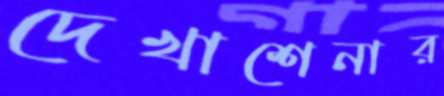
দেখাশেনার